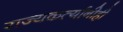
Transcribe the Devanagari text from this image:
राज्यकर्त्यांनीही